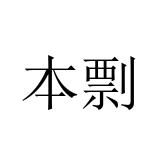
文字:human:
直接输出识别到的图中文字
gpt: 本剽